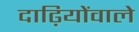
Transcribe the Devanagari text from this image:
दाढ़ियोंवाले